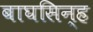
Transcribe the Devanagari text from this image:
बाघसिन्ह